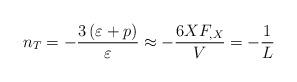
LaTeX: \begin{align*}n_T = - \frac{3 \left( \varepsilon + p \right)}{\varepsilon}\approx - \frac{6 X F_{,X}}{V}= - \frac{1}{L}\end{align*}